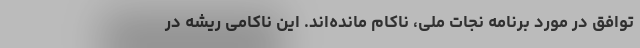
توافق در مورد برنامه نجات ملی، ناکام مانده‌اند. این ناکامی ریشه در